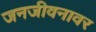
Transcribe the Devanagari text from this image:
जनजीवनावर